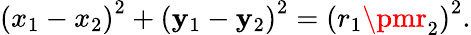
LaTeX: \left(x_{1}-x_{2}\right)^{2}+\left(\mathbf{y}_{1}-\mathbf{y}_{2}\right)^{2}=\left(r_{1}\pmr_{2}\right)^{2}.